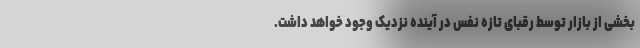
بخشی از بازار توسط رقبای تازه نفس در آینده نزدیک وجود خواهد داشت.